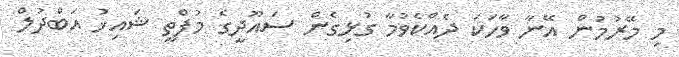
މި މޭރުމުން އޭނާ ވާހަކަ ދެއްކެވުމާ ގުޅިގެން ސައޫދީގެ މުފްތީ ޝައިޚު އަބްދުލް